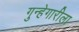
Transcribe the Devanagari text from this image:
गुन्हेगारीला